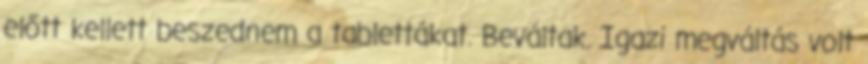
előtt kellett beszednem a tablettákat. Beváltak. Igazi megváltás volt